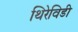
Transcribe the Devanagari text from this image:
थिरेविडी